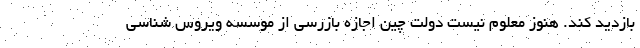
بازدید کند. هنوز معلوم نیست دولت چین اجازه بازرسی از موسسه ویروس شناسی